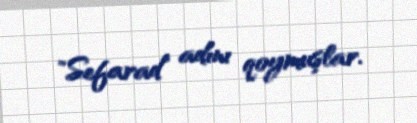
"Sefarad" adını qoymuşlar.